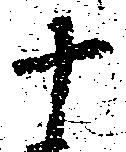
十